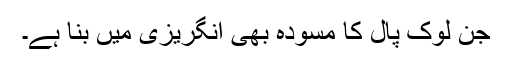
جن لوک پال کا مسودہ بھی انگریزی میں بنا ہے۔